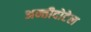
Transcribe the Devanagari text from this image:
अन्तीदोटेल